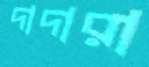
দাদারা